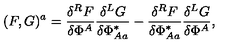
( F , G ) ^ { a } = \frac { \delta ^ { R } F } { \delta \Phi ^ { A } } \frac { \delta ^ { L } G } { \delta \Phi _ { A a } ^ { * } } - \frac { \delta ^ { R } F } { \delta \Phi _ { A a } ^ { * } } \frac { \delta ^ { L } G } { \delta \Phi ^ { A } } ,